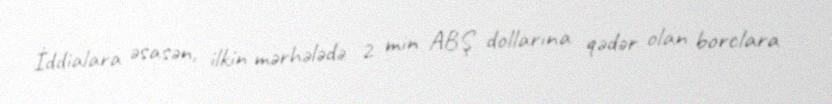
İddialara əsasən, ilkin mərhələdə 2 min ABŞ dollarına qədər olan borclara